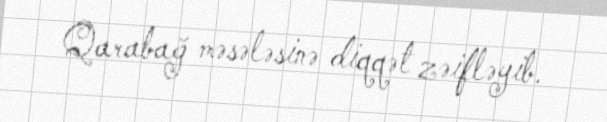
Qarabağ məsələsinə diqqət zəifləyib.